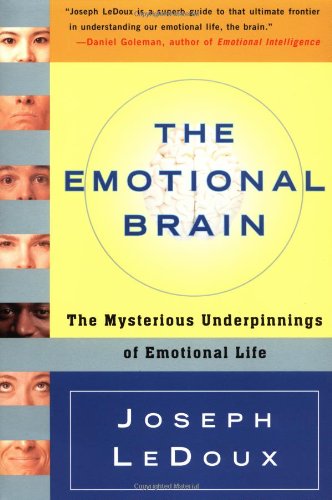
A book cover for The Emotional Brain: The Mysterious Underpinnings of Emotional Life; Joseph Ledoux; Medical Books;